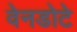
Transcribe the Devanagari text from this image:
वेनडोटे